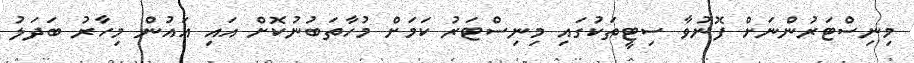
މިނިސްޓަރުންނަށް ފޮނުވާ ސިޓީތަކުގައި މިނިސްޓަރު ކަމަށް މުހާތަބުނުކޮށް އައި އައުން މިހާރު ބަދަލު